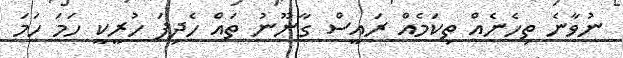
ނުވާނެ ތިހެނެއް ތިކަމެއް ރައީސް ގާނޫނު ތައް ހެދިފަ ހުރީކީ ހަމަ ހަމަ